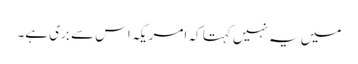
میں یہ نہیں کہتا کہ امریکہ اس سے بری ہے۔